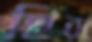
ছির